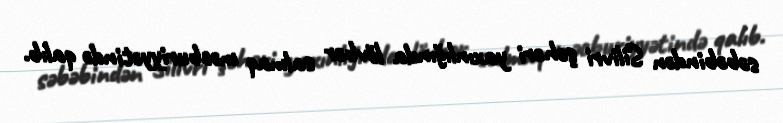
səbəbindən Silivri şəhəri yaxınlığında lövbər salmaq məcburiyyətində qalıb.